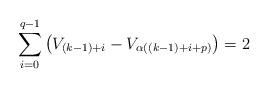
LaTeX: \begin{align*}\sum_{i=0}^{q-1} \left(V_{(k-1)+i}-V_{\alpha((k-1)+i+p)} \right) = 2\end{align*}